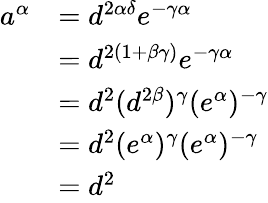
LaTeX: \begin{array}{rl}{a^{\alpha}}&{=d^{2\alpha\delta}e^{-\gamma\alpha}}\\ &{=d^{2(1+\beta\gamma)}e^{-\gamma\alpha}}\\ &{=d^{2}(d^{2\beta})^{\gamma}(e^{\alpha})^{-\gamma}}\\ &{=d^{2}(e^{\alpha})^{\gamma}(e^{\alpha})^{-\gamma}}\\ &{=d^{2}}\end{array}